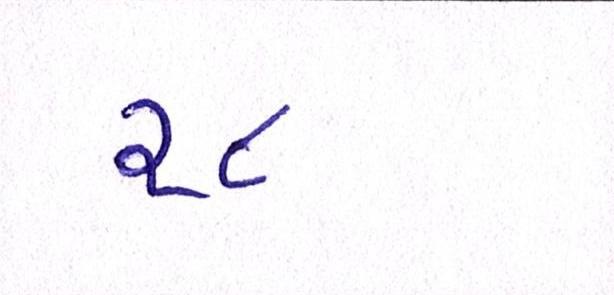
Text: ૨૮